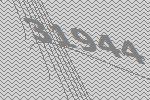
31944